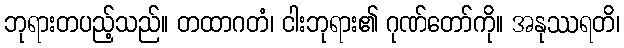
ဘုရားတပည့်သည်။ တထာဂတံ၊ ငါးဘုရား၏ ဂုဏ်တော်ကို။ အနုဿရတိ၊